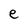
Character: e